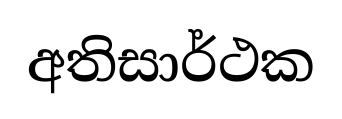
අතිසාර්ථක